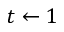
t \gets 1